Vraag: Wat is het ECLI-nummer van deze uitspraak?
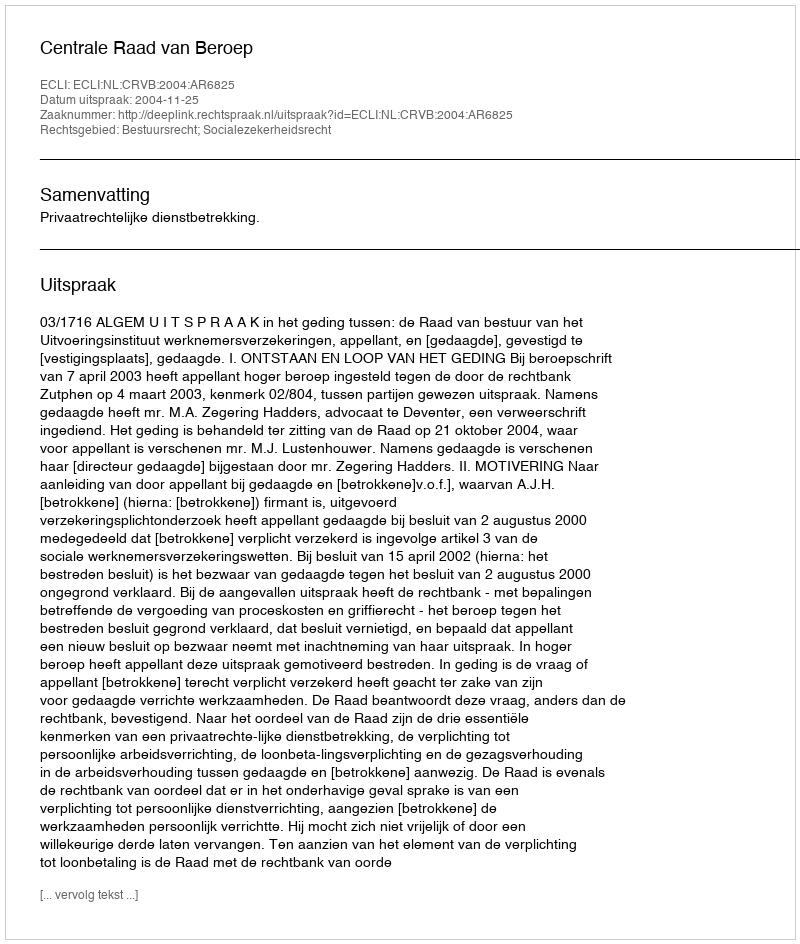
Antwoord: ECLI:NL:CRVB:2004:AR6825